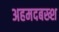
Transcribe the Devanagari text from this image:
अहमदबख्श